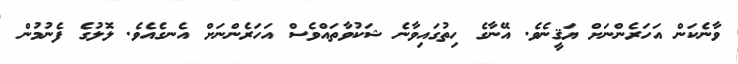
ވާނެކަން އަހަރެންނަށް ޔަޤީނެވެ. އޭނާގެ ހިތުގައިވާނެ ޝަކުވާތައްވެސް އަހަރެންނަށް އެނގެއެވެ. ލޮލުގެ ފެނުމުން